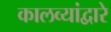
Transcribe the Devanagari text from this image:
कालव्यांद्वारे